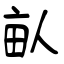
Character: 畒